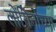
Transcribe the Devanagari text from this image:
लोंगिनोच्या